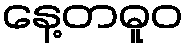
နေ့တဓူဝ